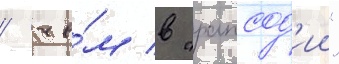
/ че́м в "рапсод'ии"